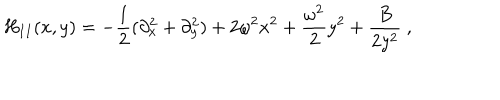
H _ { I I } ( x , y ) = - \frac { 1 } { 2 } ( \partial _ { x } ^ { 2 } + \partial _ { y } ^ { 2 } ) + 2 \omega ^ { 2 } x ^ { 2 } + \frac { \omega ^ { 2 } } { 2 } y ^ { 2 } + \frac { B } { 2 y ^ { 2 } } \ ,